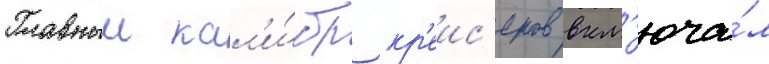
Главныи кал'и́бр кр'еис'еров вкл'юча́л